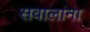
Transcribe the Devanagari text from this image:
सवालांना